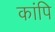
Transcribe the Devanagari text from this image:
कांपि